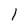
Character: l